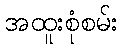
အထူးစုံစမ်း